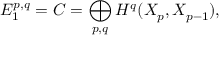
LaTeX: E _ { 1 } ^ { p , q } = C = \bigoplus _ { p , q } H ^ { q } ( X _ { p } , X _ { p - 1 } ) ,